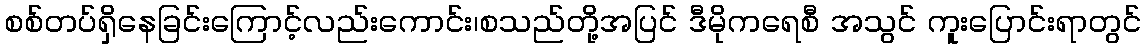
စစ်တပ်ရှိနေခြင်းကြောင့်လည်းကောင်း၊စသည်တို့အပြင် ဒီမိုကရေစီ အသွင် ကူးပြောင်းရာတွင်